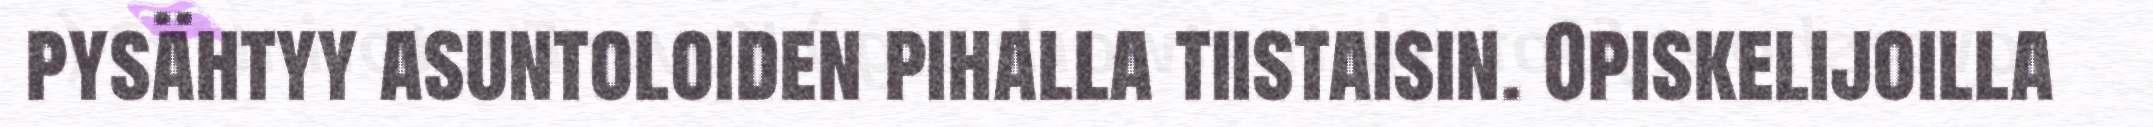
pysähtyy asuntoloiden pihalla tiistaisin. Opiskelijoilla